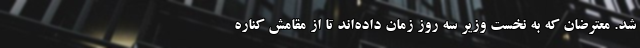
شد. معترضان که به نخست وزیر سه روز زمان داده‌اند تا از مقامش کناره